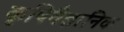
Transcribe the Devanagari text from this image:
कृषिवैज्ञानिक